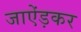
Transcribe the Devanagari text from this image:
जाऐंड़कर